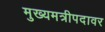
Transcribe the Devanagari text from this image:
मुख्यमत्रीपदावर